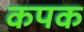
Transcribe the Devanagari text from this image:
कपक